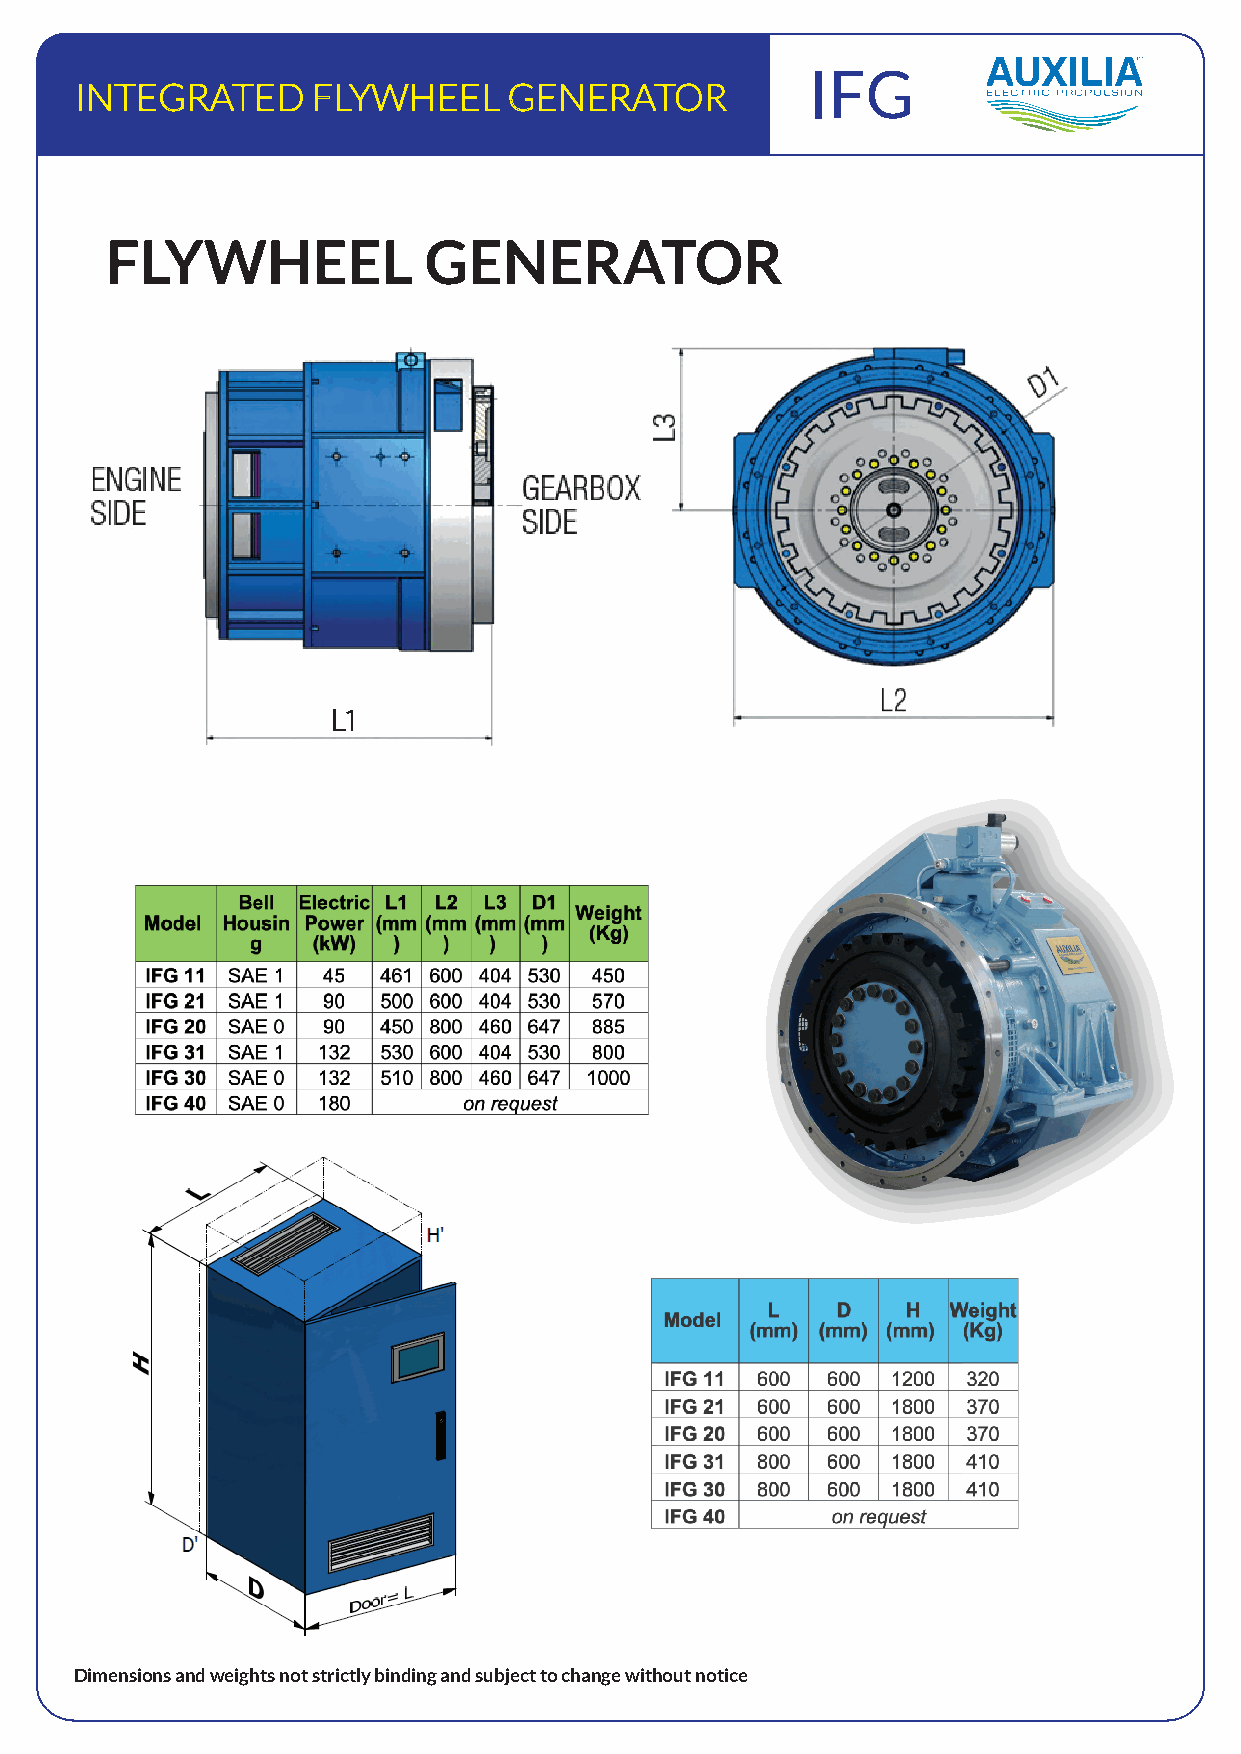
IFG
 INTEGRATED      FLYWHEEL     GENERATOR
 FLYWHEEL             GENERATOR
 L1
 Dimensions and weights not strictly binding and subject to change without notice